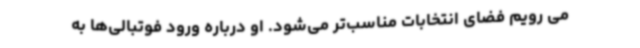
می رویم فضای انتخابات مناسب‌تر می‌شود. او درباره ورود فوتبالی‌ها به